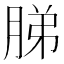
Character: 䏲